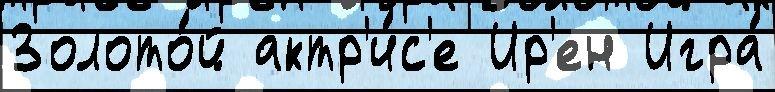
Золото́й актр'и́с'е Ир'ен Игра́